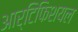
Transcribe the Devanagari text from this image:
आर्टिफिशयल